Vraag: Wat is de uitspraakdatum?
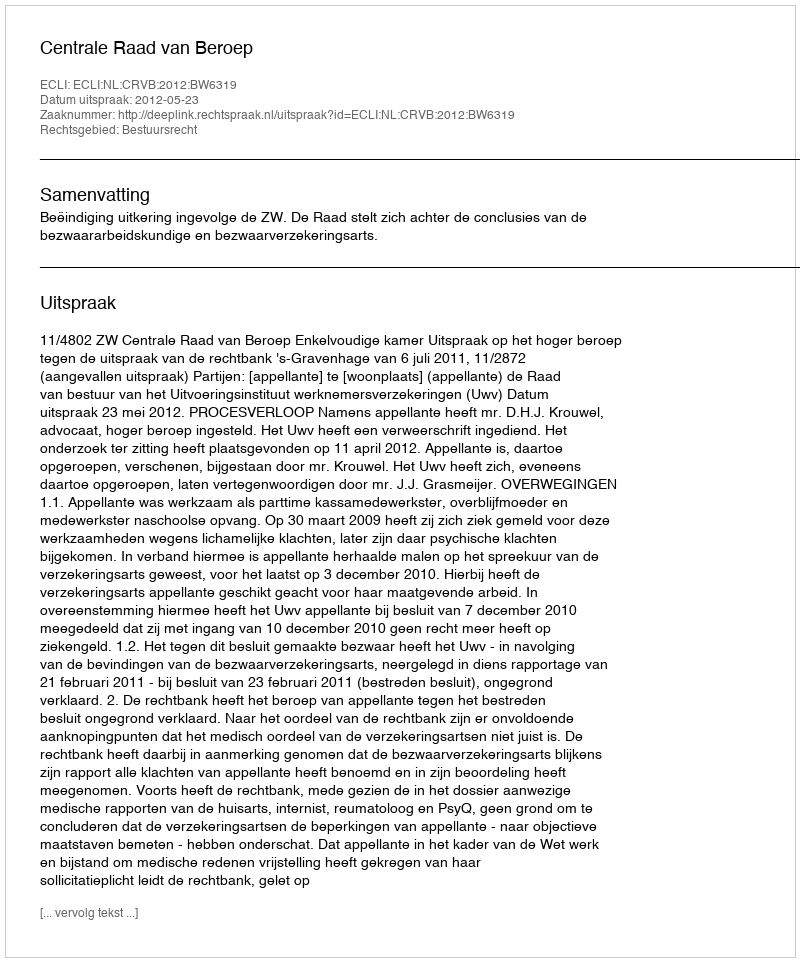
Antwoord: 2012-05-23